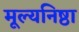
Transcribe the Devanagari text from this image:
मूल्यनिष्ठा